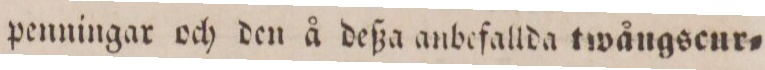
penningar och den å deßa anbefallda twångscur=